Regulations for the medical services of the Army of India
Year: 1930
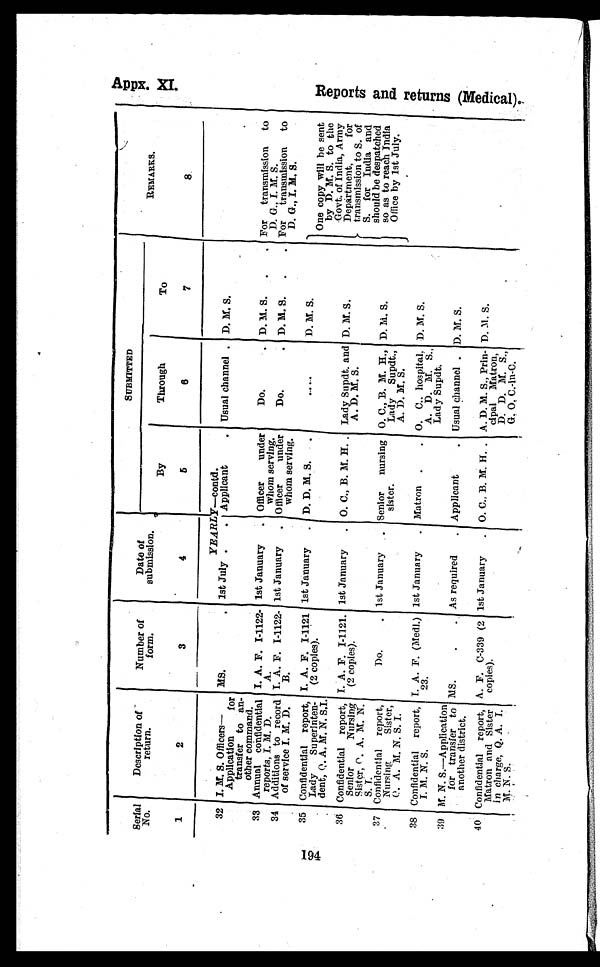
A p p x . X I . 1
194
S U B M I T T E D
Serial
No.
1
Description of
return.
2
Number of
form.
3
D a t e o f
submission.
4
By
5
Through
6
To
7
REMARKS. 8
YEARLY—contd .
32 I. M. S. Officers—
Application
for
transfer to an-
other command.
MS.
, 1st July .
. Applicant
. Usual channel . D. M. S.
33 Annual confidential
reports, I. M . D.
I. A. F. I-1122-
A.
1st January . Officer
under
whom serving.
Do.
. D. M. S. .
. For transmission to
D. G., I. M. S.
34 Additions to record
of service I. M. D.
I. A. F. I-1122-
B.
1st January . Officer
under
whom serving.
Do.
. D. M. S. .
. For transmission to
D. G., I. M. S.
35 Confidential report,
Lady Superinten-
dent, Q. A. M. N. S.I.
I. A. F. I-1121
(2 copies).
1st January . D. D. M. S.
.
....
D. M. S.
One copy will be sent
by D. M. S. to the
Govt. of India, Army
Department,
for
transmission to S. of
S. for India and
should be despatched
so as to reach India
Office by 1st July.
3 6 Confidential report,
Senior
Nursing
Sister, Q. A. M. N.
S. I.
I. A. F. I-1121.
(2 copies).
1st January . O. C., B. M. H. . Lady Supdt. and
A. D. M. S.
D. M. S.
3 7 Confidential report,
Nursing
Sister,
Q. A. M. N. S. I.
Do.
. 1st January . Senior nursing
sister.
O. C. B. M. H.,
Lady Supdt.,
A. D. M. S.
D. M. S.
38 Confidential report,
I.M. N. S.
I. A. F. (Medl.)
23.
1st January . Matron .
. O. C., hospital,
A. D. M. S.,
Lady Supdt.
D. M. S.
39 M. N. S.—Application
for transfer to
another district.
MS.
.
. As required . Applicant
. Usual channel . D. M. S.
40 Confidential report,
Matron and Sister
in charge, Q. A. I.
M. N. S.
A. F. C-339 (2
copies).
1st January . O. C., B. M. H. . A. D. M. S., Prin-
cipal Matron,
D. D. M. S.,
G. O. C.-in-C.
D. M. S.
R e p o r t s a n d r e t u r n s ( M e d i c a l ) .